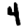
Digit: 4